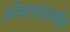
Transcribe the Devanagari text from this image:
ओकायामामधील